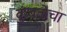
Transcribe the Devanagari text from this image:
कुंबळेचा